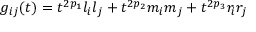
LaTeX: g _ { i j } ( t ) = t ^ { 2 p _ { 1 } } l _ { i } l _ { j } + t ^ { 2 p _ { 2 } } m _ { i } m _ { j } + t ^ { 2 p _ { 3 } } r _ { i } r _ { j }